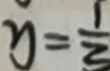
y = \frac { 1 } { 3 }